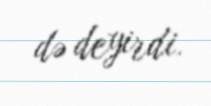
də deyirdi.